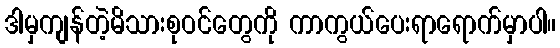
ဒါမှကျန်တဲ့မိသားစုဝင်တွေကို ကာကွယ်ပေးရာရောက်မှာပါ။